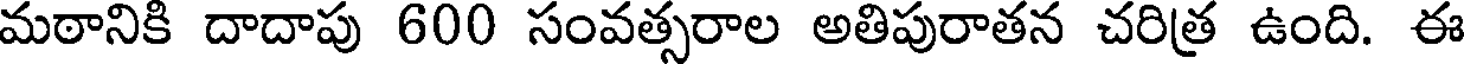
మఠానికి దాదాపు 600 సంవత్సరాల అతిపురాతన చరిత్ర ఉంది. ఈ